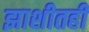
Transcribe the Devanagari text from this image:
झाशीतही